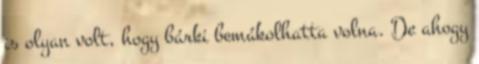
is olyan volt, hogy bárki bemákolhatta volna. De ahogy